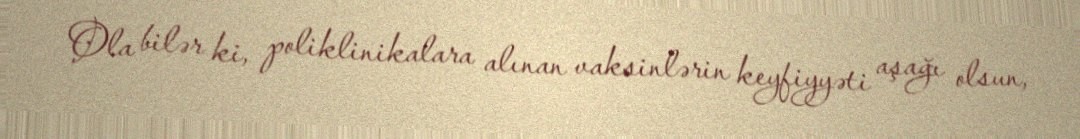
Ola bilər ki, poliklinikalara alınan vaksinlərin keyfiyyəti aşağı olsun,